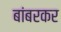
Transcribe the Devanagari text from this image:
बांबरकर